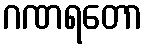
ဂဏရတော